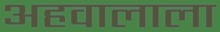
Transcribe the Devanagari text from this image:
अहवालाला